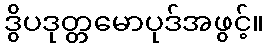
ဒွိပဒုတ္တမောပုဒ်အဖွင့်။